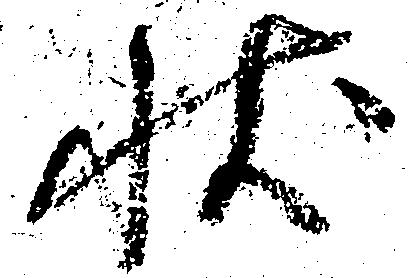
状